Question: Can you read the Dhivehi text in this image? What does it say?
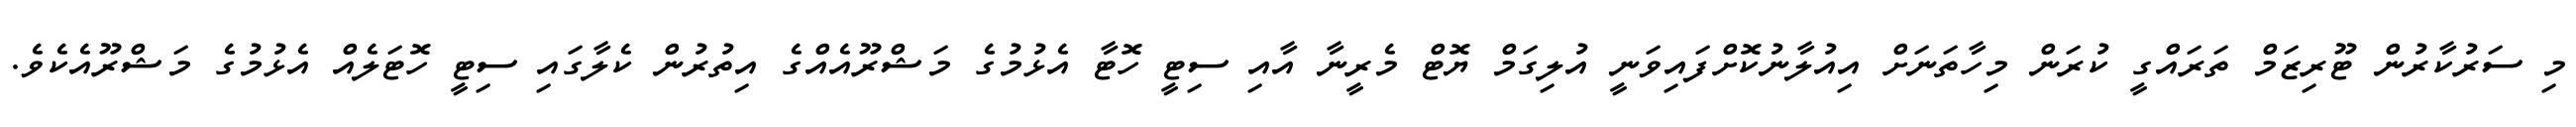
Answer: މި ސަރުކާރުން ޓޫރިޒަމް ތަރައްގީ ކުރަން މިހާތަނަށް އިއުލާނުކޮށްފައިވަނީ އުލިގަމް ޔޮޓް މެރީނާ އާއި ސިޓީ ހޮޓާ އެޅުމުގެ މަޝްރޫއެއްގެ އިތުރުން ކެލާގައި ސިޓީ ހޮޓަލެއް އެޅުމުގެ މަޝްރޫއެކެވެ.